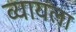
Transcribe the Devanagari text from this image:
व्यायला